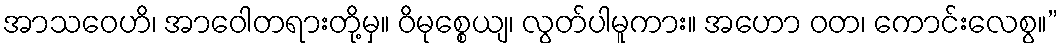
အာသဝေဟိ၊ အာဝေါတရားတို့မှ။ ဝိမုစ္စေယျ၊ လွတ်ပါမူကား။ အဟော ဝတ၊ ကောင်းလေစွ။”